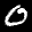
Label: 0